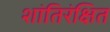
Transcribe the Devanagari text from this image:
शांतिरंक्षित